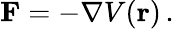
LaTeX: \mathbf{F}=-\nabla V(\mathbf{r})\, .